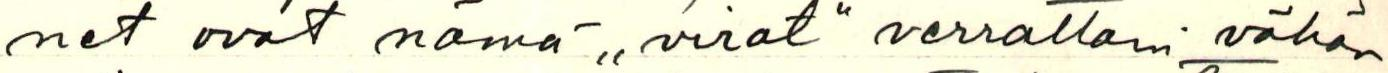
net ovat nämä ,,.virat" verrattain vähän